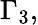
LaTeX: \Gamma_{3},